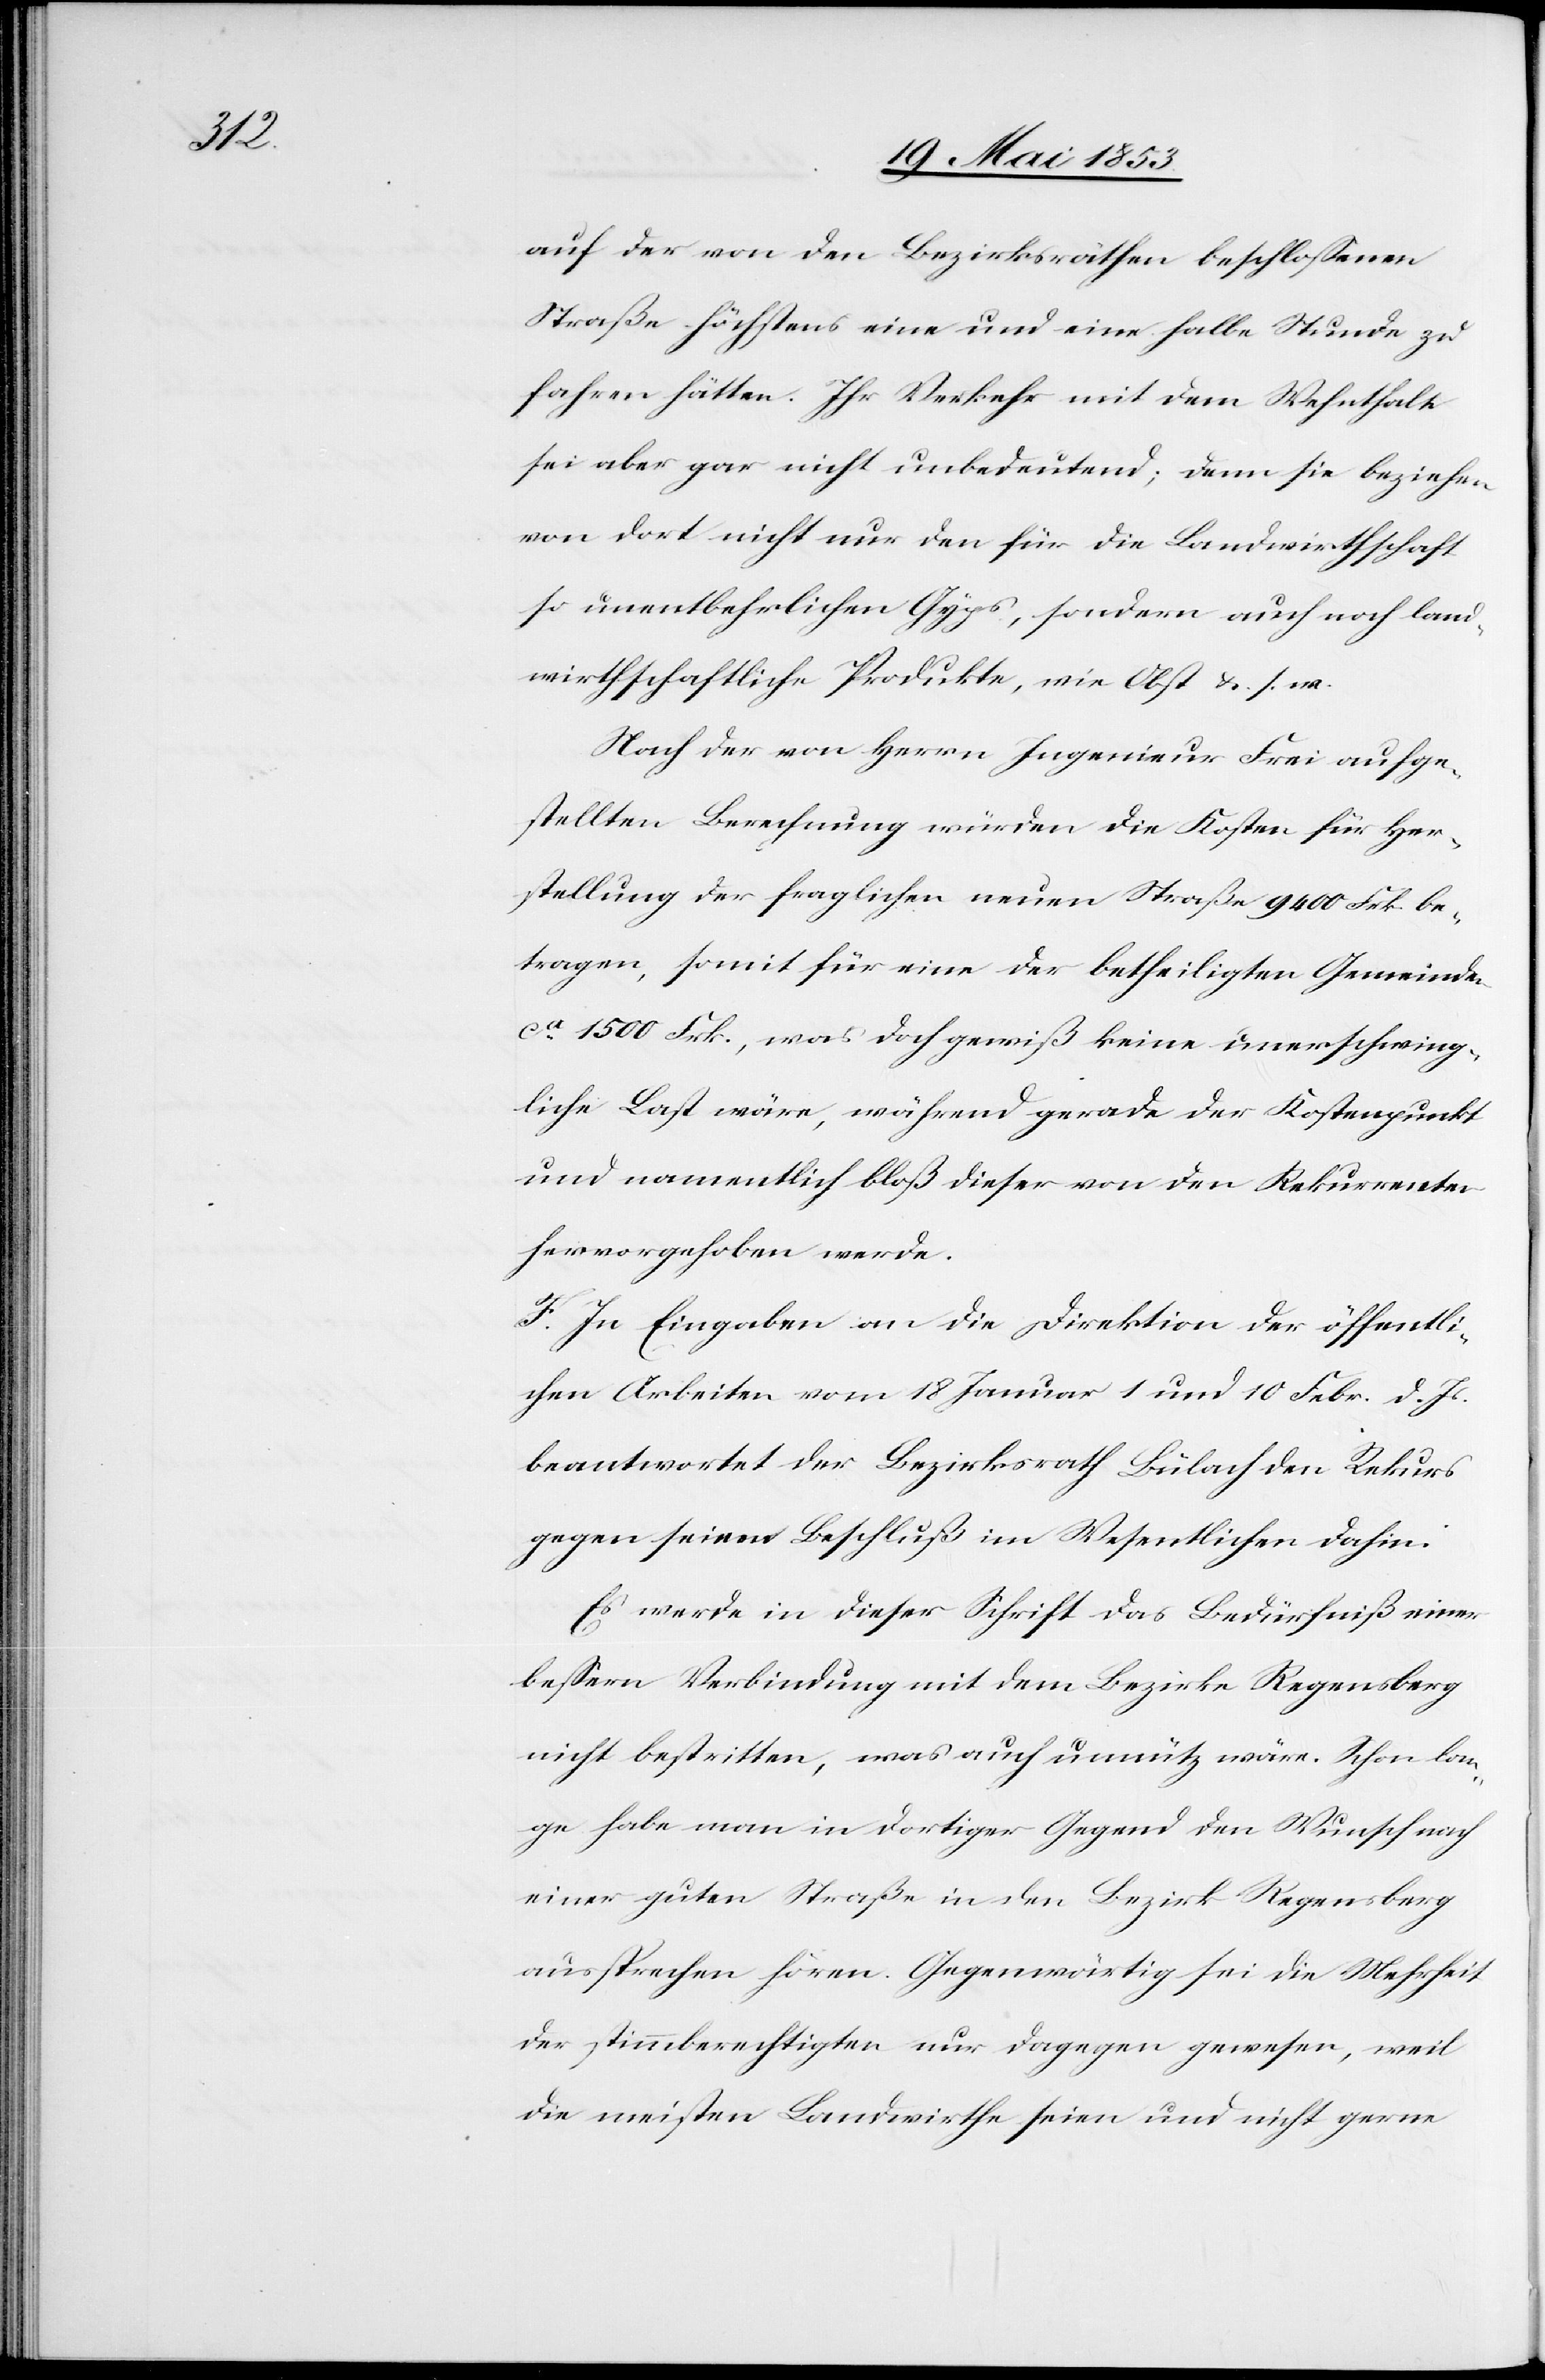
auf der von den Bezirksräthen beschloßenen
Straße höchstens eine und eine halbe Stunde zu
fahren hätten. Ihr Verkehr mit dem Wehnthale
sei aber gar nicht unbedeutend; denn sie beziehen
von dort nicht nur den für die Landwirthschaft
so unentbehrlichen Gyps, sondern auch noch land¬
wirthschaftliche Produkte, wie Obst u. s. w.
Nach der von Herrn Ingenieur Frei aufge¬
stellten Berechnung würden die Kosten für Her¬
stellung der fraglichen neuen Straße 9400 Frk. be¬
tragen, somit für eine der betheiligten Gemeinden
ca. 1500 Frk., was doch gewiß keine unerschwing¬
liche Last wäre, während gerade der Kostenpunkt
und namentlich bloß dieser von den Rekurrenten
hervorgehoben werde.
F. In Eingaben an die Direktion der öffentli¬
chen Arbeiten vom 18 Januar 1 und 10 Febr. d. Js.
beantwortet der Bezirksrath Bülach den Rekurs
gegen seinen Beschluße im Wesentlichen dahin:
Es werde in dieser Schrift das Bedürfniß einer
beßern Verbindung mit dem Bezirke Regensberg
nicht bestritten, was auch unnütz wäre. Schon lan¬
ge habe man in dortiger Gegend den Wunsch nach
einer guten Straße in den Bezirk Regensberg
aussprechen hören. Gegenwärtig sei die Mehrheit
der stimmberechtigten nur dagegen gewesen, weil
die meisten Landwirthe seien und nicht gerne